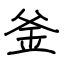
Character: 釜